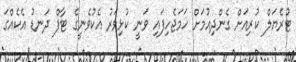
ޓުރެޔަލް ކުރިއަށް ގެންދިއުމަށް ހަމަޖެހިފައި ވަނީ ކުޅިވަރު އެކުވެނީގެ ޓާާފް ދަނޑު އެކެއްގަ